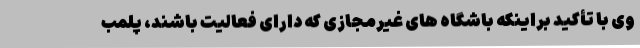
وی با تأکید براینکه باشگاه های غیرمجازی که دارای فعالیت باشند، پلمب